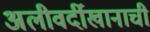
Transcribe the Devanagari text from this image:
अलीवर्दीखानाची